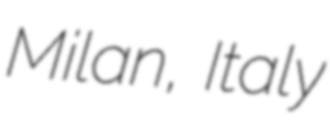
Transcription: Milan, Italy